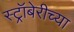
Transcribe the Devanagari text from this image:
स्ट्रॉबेरीच्या